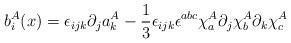
LaTeX: \begin{align*}b_{i}^{A}(x)=\epsilon_{ijk}\partial_{j}a_{k}^{A}-\frac{1}{3}\epsilon_{ijk}\epsilon^{abc}\chi_{a}^{A}\partial_{j}\chi_{b}^{A}\partial_{k}\chi_{c}^{A}\end{align*}